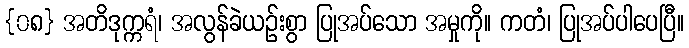
{၀၈} အတိဒုက္ကရံ၊ အလွန်ခဲယဉ်းစွာ ပြုအပ်သော အမှုကို။ ကတံ၊ ပြုအပ်ပါပေပြီ။